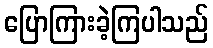
ပြောကြားခဲ့ကြပါသည်